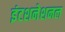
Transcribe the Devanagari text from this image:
इंटशनेशनल